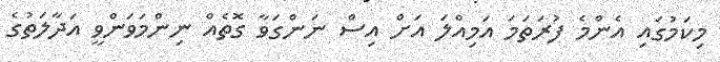
މިކަމުގައި އެންމެ ފުރަތަމަ އަމިއްލަ އަށް އިސް ނަންގަވާ ގޮތެއް ނިންމަވަންވީ އަދާލަތުގެ